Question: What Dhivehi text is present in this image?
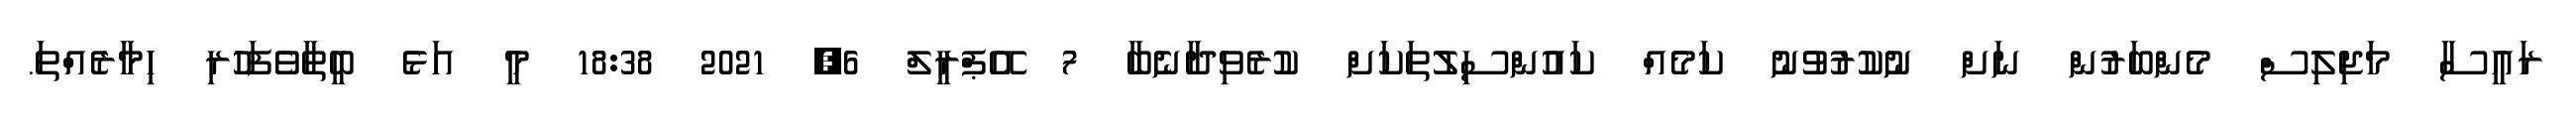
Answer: ރައީސާ މަޖިލިސް މެންބަރުން ނަށް ނުކުރުވުނު ކަމެއް ކައުންސިލުތަކަށް ކުރެވިދާނެބާ 7 އޭޕްރީލް 6, 2021 18:38 މީ އަޅެ ބީތާވެފަހުރި ހިމާރެއްތަ.